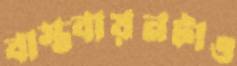
বাস্তবায়নটাও